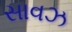
સાવઝ